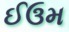
ઈઉમ